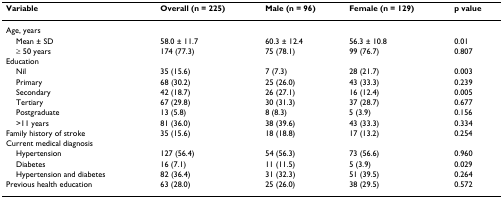
| Variable | Overall (n = 225) | Male (n = 96) | Female (n = 129) | p value |
 | --- | --- | --- | --- | --- |
 | Age, years |  |  |  |  |
 | Mean ± SD | 58.0 ± 11.7 | 60.3 ± 12.4 | 56.3 ± 10.8 | 0.01 |
 | ≥ 50 years | 174 (77.3) | 75 (78.1) | 99 (76.7) | 0.807 |
 | Education |  |  |  |  |
 | Nil | 35 (15.6) | 7 (7.3) | 28 (21.7) | 0.003 |
 | Primary | 68 (30.2) | 25 (26.0) | 43 (33.3) | 0.239 |
 | Secondary | 42 (18.7) | 26 (27.1) | 16 (12.4) | 0.005 |
 | Tertiary | 67 (29.8) | 30 (31.3) | 37 (28.7) | 0.677 |
 | Postgraduate | 13 (5.8) | 8 (8.3) | 5 (3.9) | 0.156 |
 | >11 years | 81 (36.0) | 38 (39.6) | 43 (33.3) | 0.334 |
 | Family history of stroke | 35 (15.6) | 18 (18.8) | 17 (13.2) | 0.254 |
 | Current medical diagnosis |  |  |  |  |
 | Hypertension | 127 (56.4) | 54 (56.3) | 73 (56.6) | 0.960 |
 | Diabetes | 16 (7.1) | 11 (11.5) | 5 (3.9) | 0.029 |
 | Hypertension and diabetes | 82 (36.4) | 31 (32.3) | 51 (39.5) | 0.264 |
 | Previous health education | 63 (28.0) | 25 (26.0) | 38 (29.5) | 0.572 |